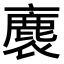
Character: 𧜫